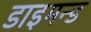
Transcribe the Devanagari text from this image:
डाइमन्ड